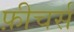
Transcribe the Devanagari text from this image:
फ़ीचर्स